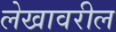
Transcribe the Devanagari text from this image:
लेखावरील